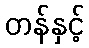
တန်နှင့်